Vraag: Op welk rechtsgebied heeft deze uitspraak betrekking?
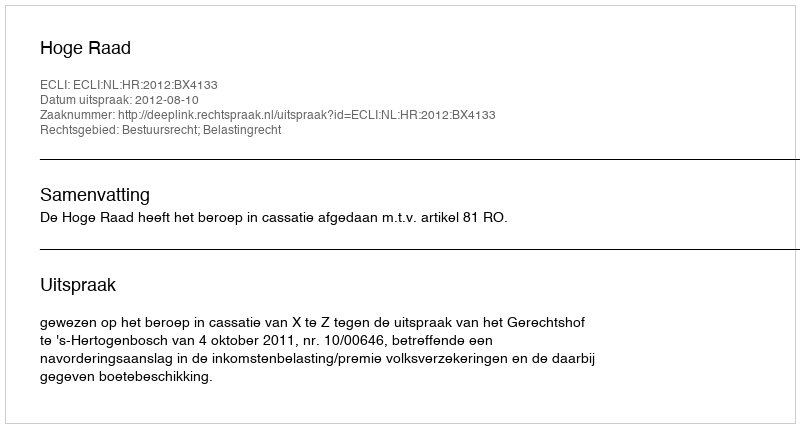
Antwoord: Bestuursrecht; Belastingrecht